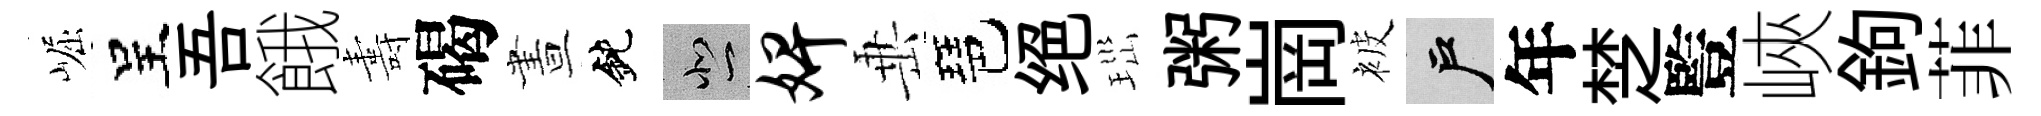
崛呈吾餓夀碣晝鈍悲婢𡸁琶绝𤤼粥崗被户年椘䜿峽鉤菲